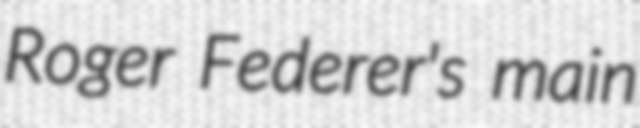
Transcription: Roger Federer's main